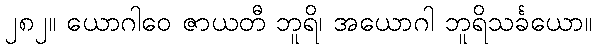
၂၈၂။ ယောဂါဝေ ဇာယတီ ဘူရိ၊ အယောဂါ ဘူရိသင်္ခယော။